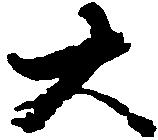
大